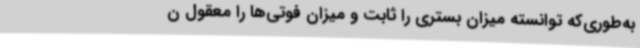
به‌طوری‌که توانسته میزان بستری را ثابت و میزان فوتی‌ها را معقول ن